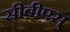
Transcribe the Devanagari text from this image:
सीबीएस्